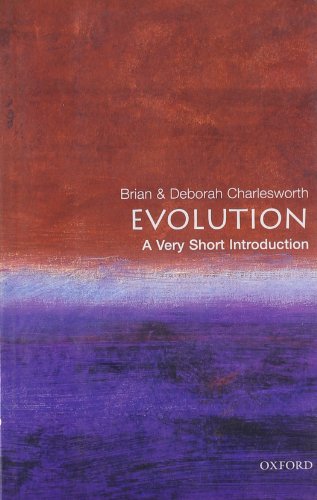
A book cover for Evolution: A Very Short Introduction; Brian Charlesworth; Science & Math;